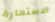
الاستمارة